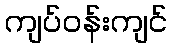
ကျပ်ဝန်းကျင်